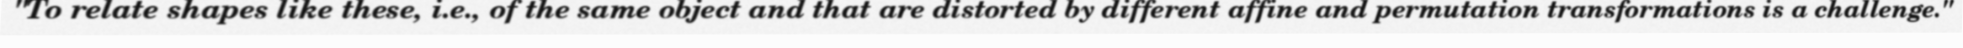
"To relate shapes like these, i.e., of the same object and that are distorted by different affine and permutation transformations is a challenge."